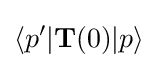
\langle p'|\mathbf {T} (0)|p\rangle